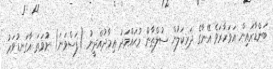
ބަންޑާރައިން އަވަހާރަވެ އޭނާގެ ދަރިކަލުން ސުލްޠާން މުޙައްމަދު ޢިމާދުއްދީނު (ފަސްވަނަ) ނުވަތަ އާގަނޑުވަރު